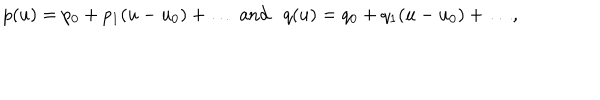
p ( u ) = p _ { 0 } + p _ { 1 } ( u - u _ { 0 } ) + \dots \ \mathrm { a n d } q ( u ) = q _ { 0 } + q _ { 1 } ( u - u _ { 0 } ) + \dots ,